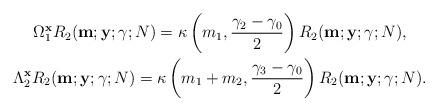
LaTeX: \begin{gather*}\Omega_1^{{\bf x}}{R}_2({\bf m; {y}}; {\gamma}; N)=\kappa\left(m_1, \frac{{\gamma}_2-\gamma_0}{2}\right){R}_2({\bf m; y}; {\gamma}; N),\\\Lambda_2^{{\bf x}}{R}_2({\bf m; y}; {\gamma}; N)=\kappa\left(m_1+m_2, \frac{{\gamma}_3-\gamma_0}{2}\right){R}_2({\bf m; y}; {\gamma}; N).\end{gather*}